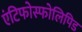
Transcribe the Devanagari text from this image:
एंटिफोस्फोलिपिड